Source: Handwritten
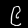
Digit: ၉ (9)